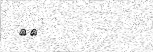
٦٧